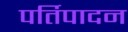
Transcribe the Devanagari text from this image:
पर्तिपादन